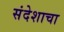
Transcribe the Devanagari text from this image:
संदेशाचा